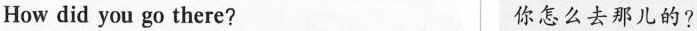
How did you go there? 你怎么去那儿的?